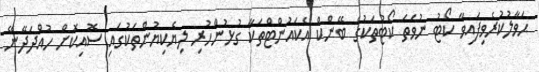
ޙަވާލުކުރެވިފައިވާ ކޯޓު ނުވަތަ ކޯޓުތަކުގެ ބޭންކް އެކައުންޓްތަކާ ގުޅުންހުރި ލިޔެކިޔުންތަކުގައި ސޮއިކޮށް ހުއްދަދޭނޭ